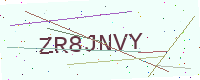
Text: ZR8JNVY